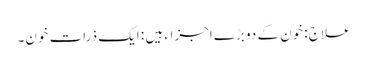
علاج :خون کے دو بڑے اجزاء ہیں : ایک ذرات خون۔